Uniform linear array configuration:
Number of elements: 8
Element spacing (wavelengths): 0.5
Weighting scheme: kaiser
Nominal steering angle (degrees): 30
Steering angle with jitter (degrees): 28.908
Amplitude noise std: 0.05
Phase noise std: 0.05

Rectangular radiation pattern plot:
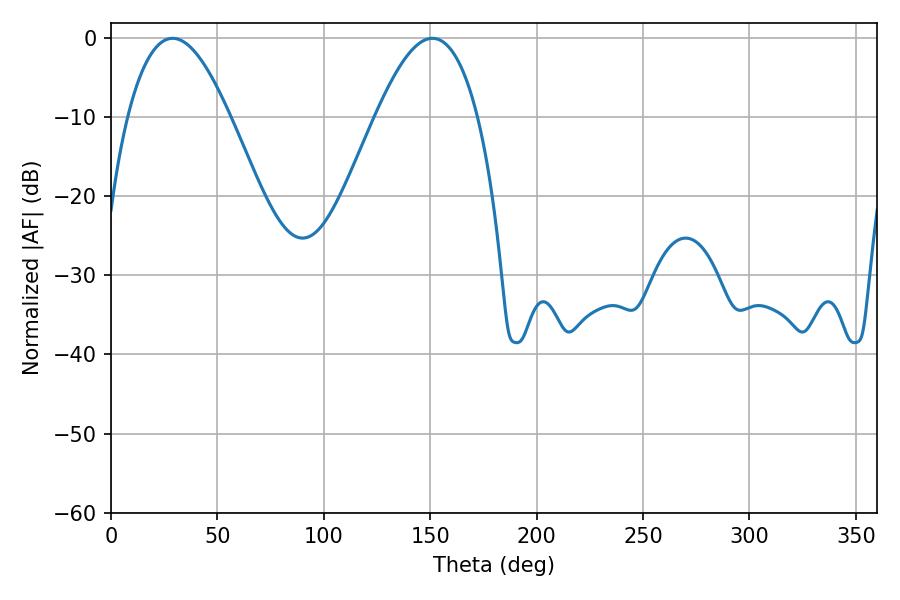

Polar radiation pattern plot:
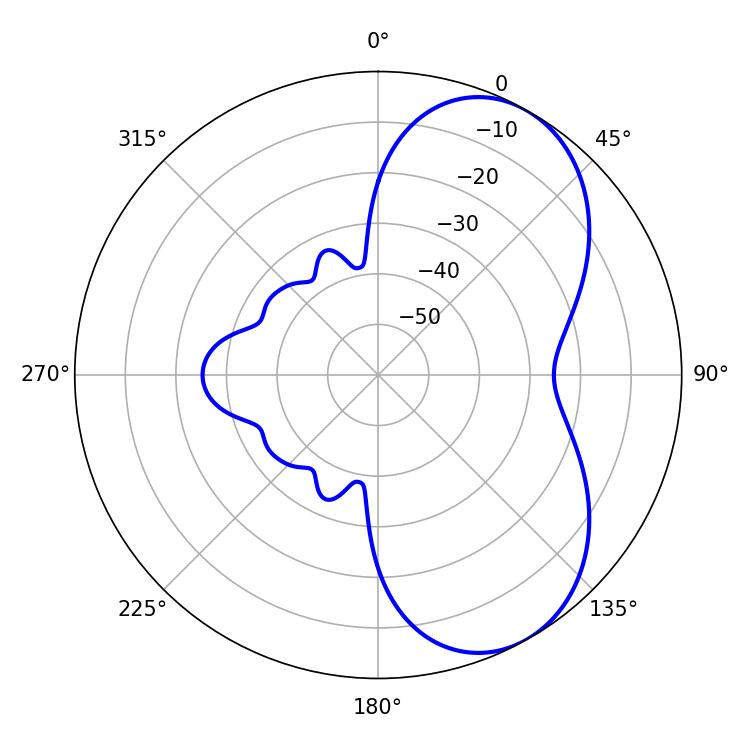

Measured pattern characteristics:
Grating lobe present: FALSE
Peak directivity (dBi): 6.029
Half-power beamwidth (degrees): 26.28
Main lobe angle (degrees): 28.98